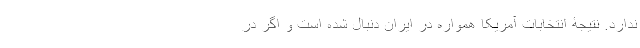
ندارد. نتیجۀ انتخابات آمریکا همواره در ایران دنبال شده است و اگر در